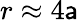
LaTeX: r\approx4\mathsf{a}